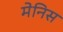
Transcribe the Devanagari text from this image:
मेनिस